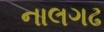
નાલગઢ